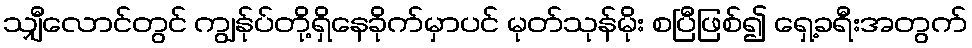
သျှီလောင်တွင် ကျွန်ုပ်တို့ရှိနေခိုက်မှာပင် မုတ်သုန်မိုး စပြီဖြစ်၍ ရှေ့ခရီးအတွက်